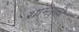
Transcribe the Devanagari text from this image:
ग्रामस्की